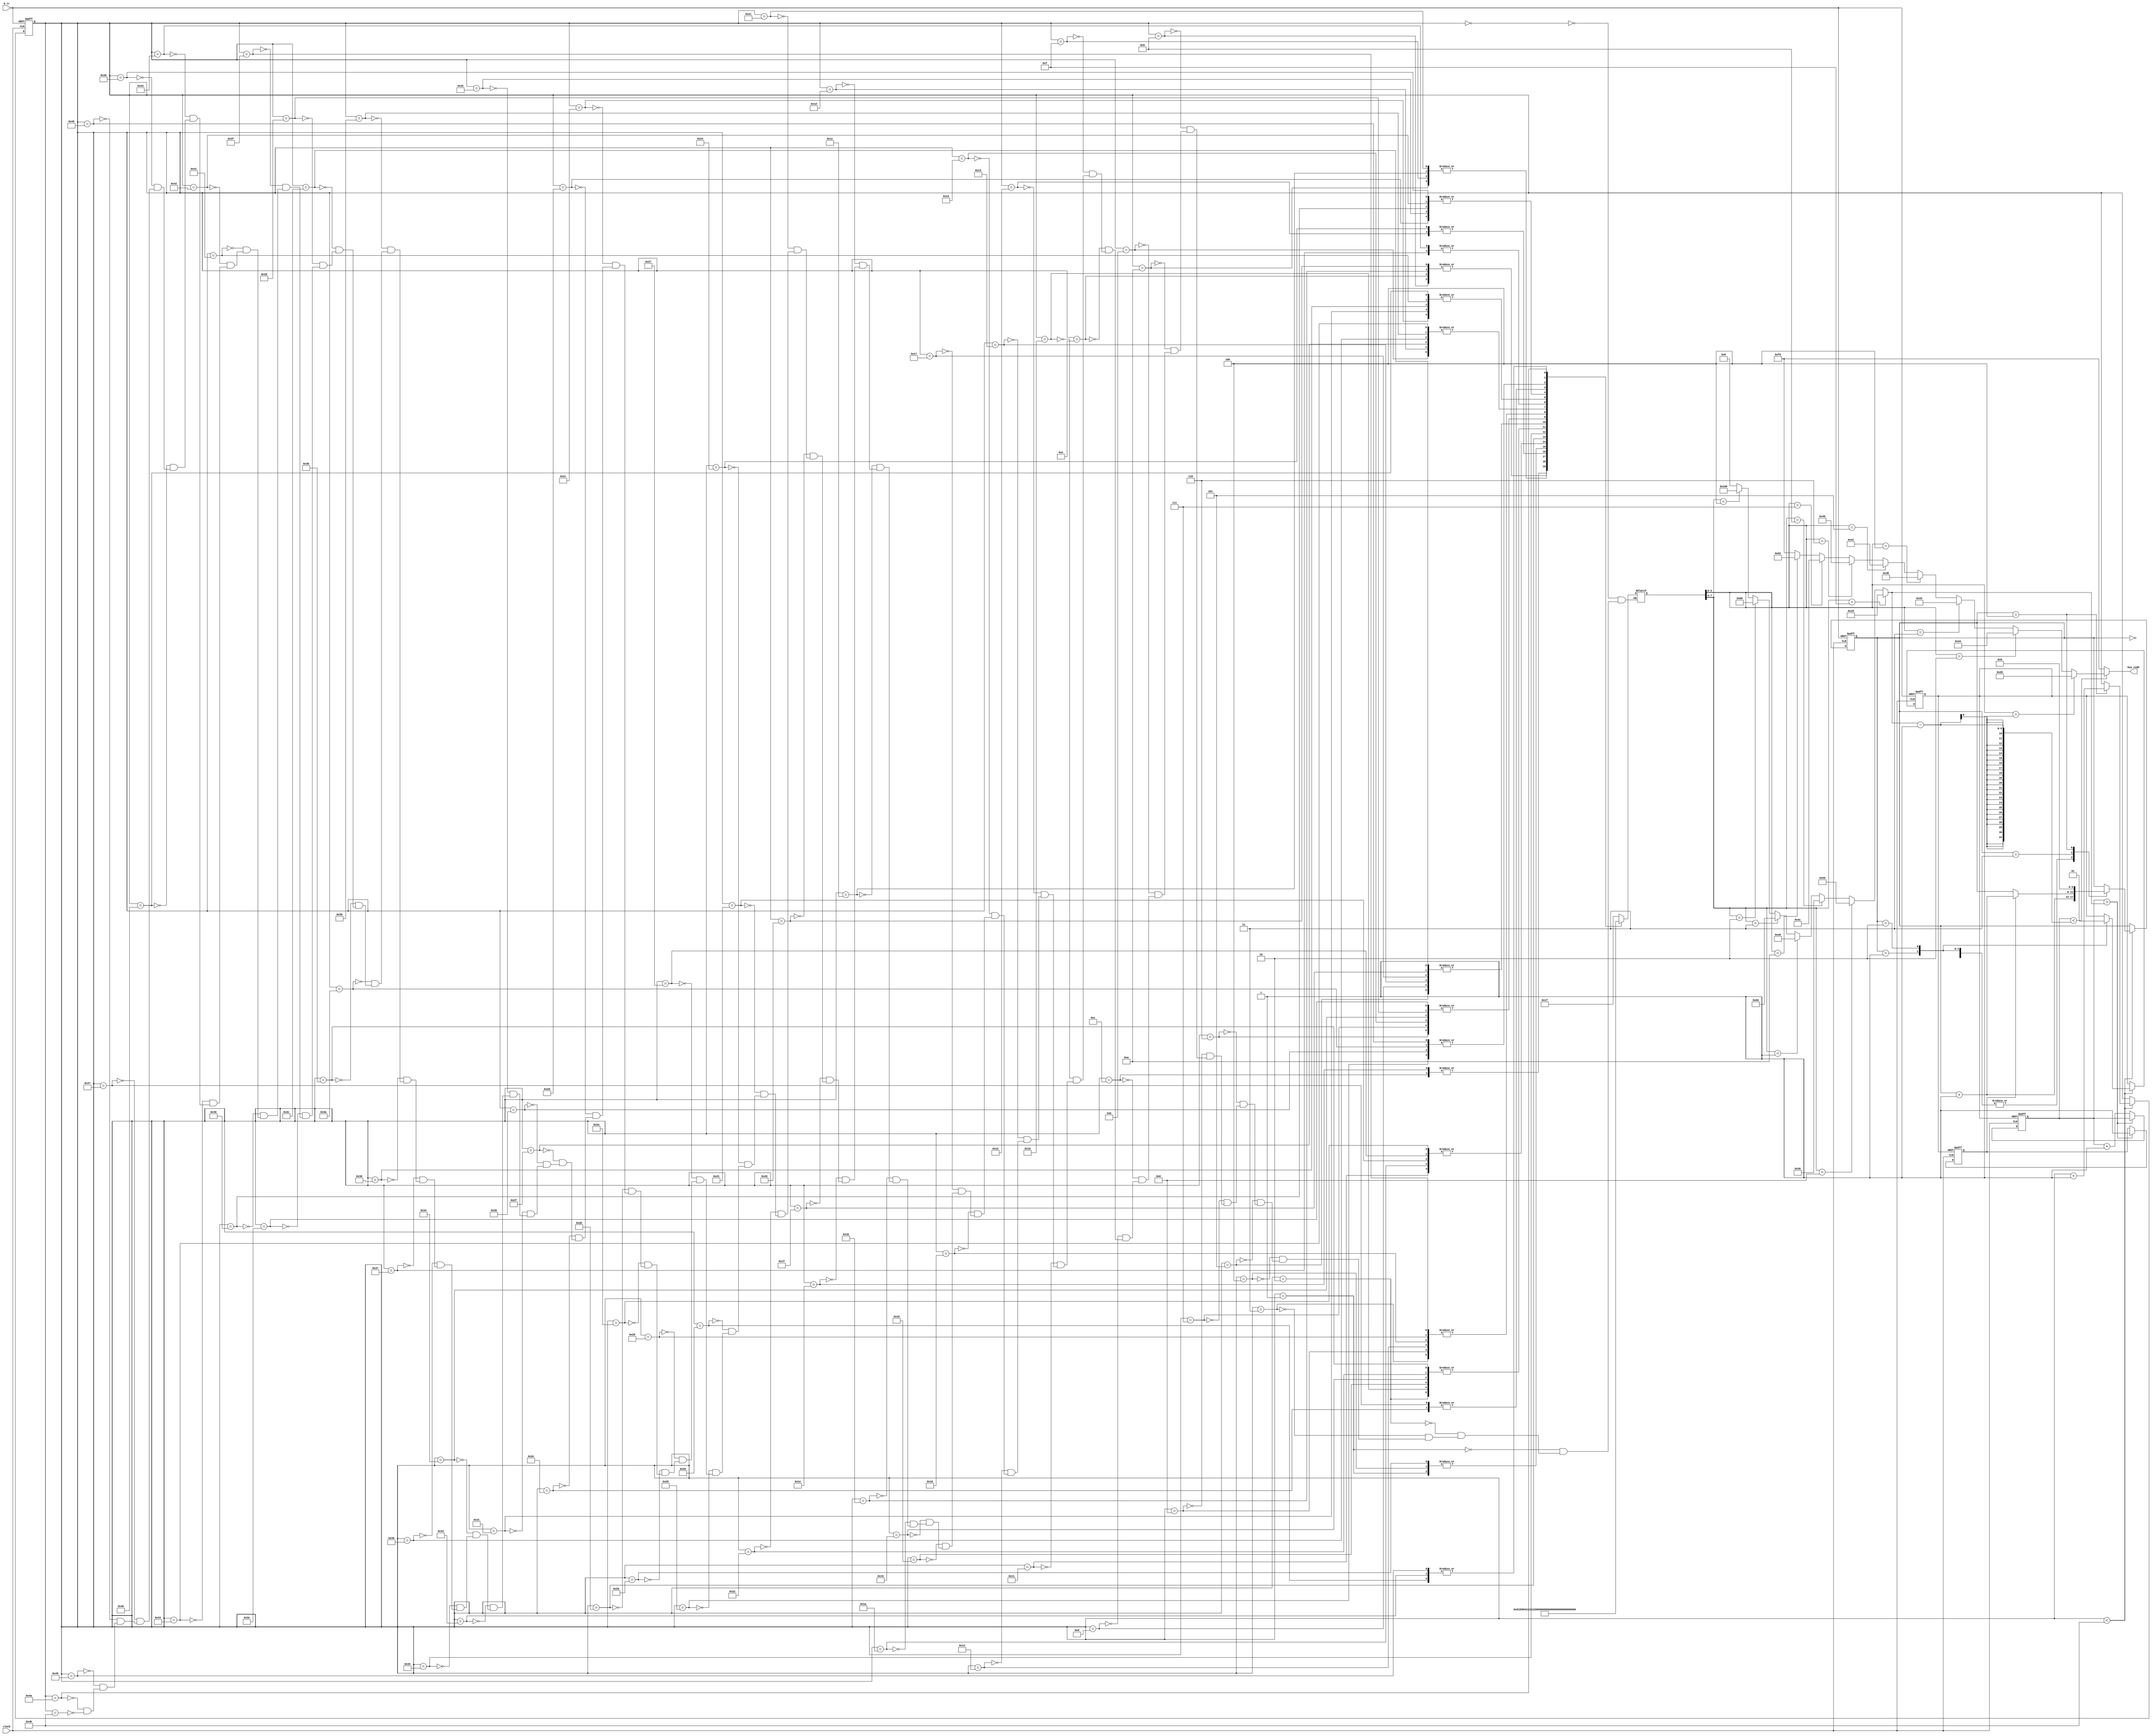
module song_jesus_christ_is_risen_today(
	input  clock,
	output [7:0]key_code,
	input  k_tr
);

	reg [15:0]tmp;
	wire[15:0]tmpa;
	reg tr;
	reg [15:0]step;
	wire[15:0]step_r;
	reg [15:0]TT;
	reg[5:0]st;
	reg go_end;

////////Music-processing////////
	always @(negedge k_tr or posedge clock) begin
	if (!k_tr) begin
   		step=0;
   		st=0;
   		tr=0;
	end
	else
	if (step<step_r) begin
  		case (st)
  		0: st=st+1;
  		1: begin tr=0; st=st+1;end
  		2: begin tr=1;st=st+1;end
  		3: if(go_end) st=st+1;
  		4: begin st=0;step=step+1;end
  		endcase
	end
	end

///////////////  pitch  //////////////////
	wire [7:0]key_code1=(
		(TT[3:0]==1)?8'h2b:(//1
		(TT[3:0]==2)?8'h34:(//2
		(TT[3:0]==3)?8'h33:(//3
		(TT[3:0]==4)?8'h3b:(//4
		(TT[3:0]==5)?8'h42:(//5
		(TT[3:0]==6)?8'h4b:(//6
		(TT[3:0]==7)?8'h4c:(//7
		(TT[3:0]==10)?8'h52:(//1
		(TT[3:0]==15)?8'hf0:8'hf0
		))))))))
	);

///////////////  paddle  ///////////////////
	assign tmpa[15:0]=(
		(TT[7:4]==15)?16'h10:(
		(TT[7:4]==8)? 16'h20:(
		(TT[7:4]==9)? 16'h30:(
		(TT[7:4]==1)? 16'h40:(
		(TT[7:4]==3)? 16'h60:(
		(TT[7:4]==2)? 16'h80:(
		(TT[7:4]==4)? 16'h100:0
		))))))
	);

/////////// note list ///////////
	always @(step) begin
	case (step)
		0:TT=8'h1f;
		1:TT=8'b00010001;
		2:TT=8'b00010011;
		3:TT=8'b00010101;
		4:TT=8'b00010001;
		5:TT=8'b00010100;
		6:TT=8'b00010110;
		7:TT=8'b00010110;
		8:TT=8'b00010101;
		9:TT=8'b10000011;
		10:TT=8'b10000100;
		11:TT=8'b10000101;
		12:TT=8'b10000001;
		13:TT=8'b00010100;
		14:TT=8'b10000011;
		15:TT=8'b10000100;
		16:TT=8'b00010011;
		17:TT=8'b00010010;
		18:TT=8'b00100001;
		19:TT=8'b00010100;
		20:TT=8'b00010101;
		21:TT=8'b00010110;
		22:TT=8'b00010101;
		23:TT=8'b00010100;
		24:TT=8'b00010011;
		25:TT=8'b00010011;
		26:TT=8'b00010010;
		27:TT=8'b10000011;
		28:TT=8'b10000100;
		29:TT=8'b10000101;
		30:TT=8'b10000001;
		31:TT=8'b00010100;
		32:TT=8'b10000011;
		33:TT=8'b10000100;
		34:TT=8'b00010011;
		35:TT=8'b00010010;
		36:TT=8'b00100001;
		37:TT=8'b00010111;
		38:TT=8'b00011010;
		39:TT=8'b00010010;
		40:TT=8'b00010101;
		41:TT=8'b00010001;
		42:TT=8'b00010010;
		43:TT=8'b00100011;
		44:TT=8'b10000111;
		45:TT=8'b10001010;
		46:TT=8'b10000010;
		47:TT=8'b10000101;
		48:TT=8'b00011010;
		49:TT=8'b10000111;
		50:TT=8'b10001010;
		51:TT=8'b00010111;
		52:TT=8'b00010110;
		53:TT=8'b00100101;
		54:TT=8'b10000101;
		55:TT=8'b10000110;
		56:TT=8'b10000111;
		57:TT=8'b10000101;
		58:TT=8'b00011010;
		59:TT=8'b00010011;
		60:TT=8'b00010100;
		61:TT=8'b00010110;
		62:TT=8'b00010110;
		63:TT=8'b00010101;
		64:TT=8'b10001010;
		65:TT=8'b10000111;
		66:TT=8'b10001010;
		67:TT=8'b10000101;
		68:TT=8'b10000110;
		69:TT=8'b10000111;
		70:TT=8'b10001010;
		71:TT=8'b10000010;
		72:TT=8'b00011010;
		73:TT=8'b00010111;
		74:TT=8'b00101010;
		75:TT=8'h1f;
	endcase
	end
	assign step_r=75;///Total note

/////////////KEY release & code-out ////////////////
	always @(negedge tr or posedge clock)begin
		if(!tr) begin tmp=0;go_end=0 ;end
		else if (tmp>tmpa)go_end=1; 
		else tmp=tmp+1;
	end
	assign key_code=(tmp<(tmpa-1))?key_code1:8'hf0;

endmodule